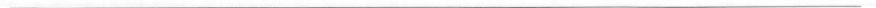
___